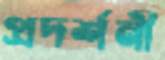
প্রদর্শনী